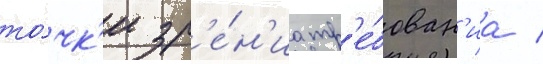
то́чк'и зр'е́н'иа тр'е́бован'иа /